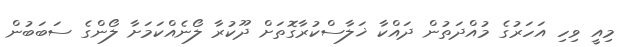
މިއީ ވިހި އަހަރުގެ މުއްދަތުން ދައްކާ ޚަލާސްކުރާގޮތަށް ދޫކުރާ ލޯނެއްކަމަށާ ލޯންގެ ސަބަބުން